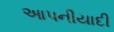
આપનીયાદી